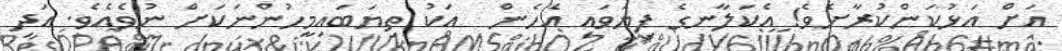
އަށް އަޅުކަންކުރާށެވެ! އެކަލާނގެ ފިޔަވައި އެހެން  އަކު ތިޔަބައިމީހުންނަކަށް ނުވެއެވެ. އަދި